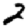
Digit: 2